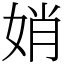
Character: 娋